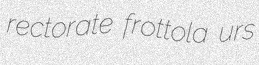
rectorate frottola urs